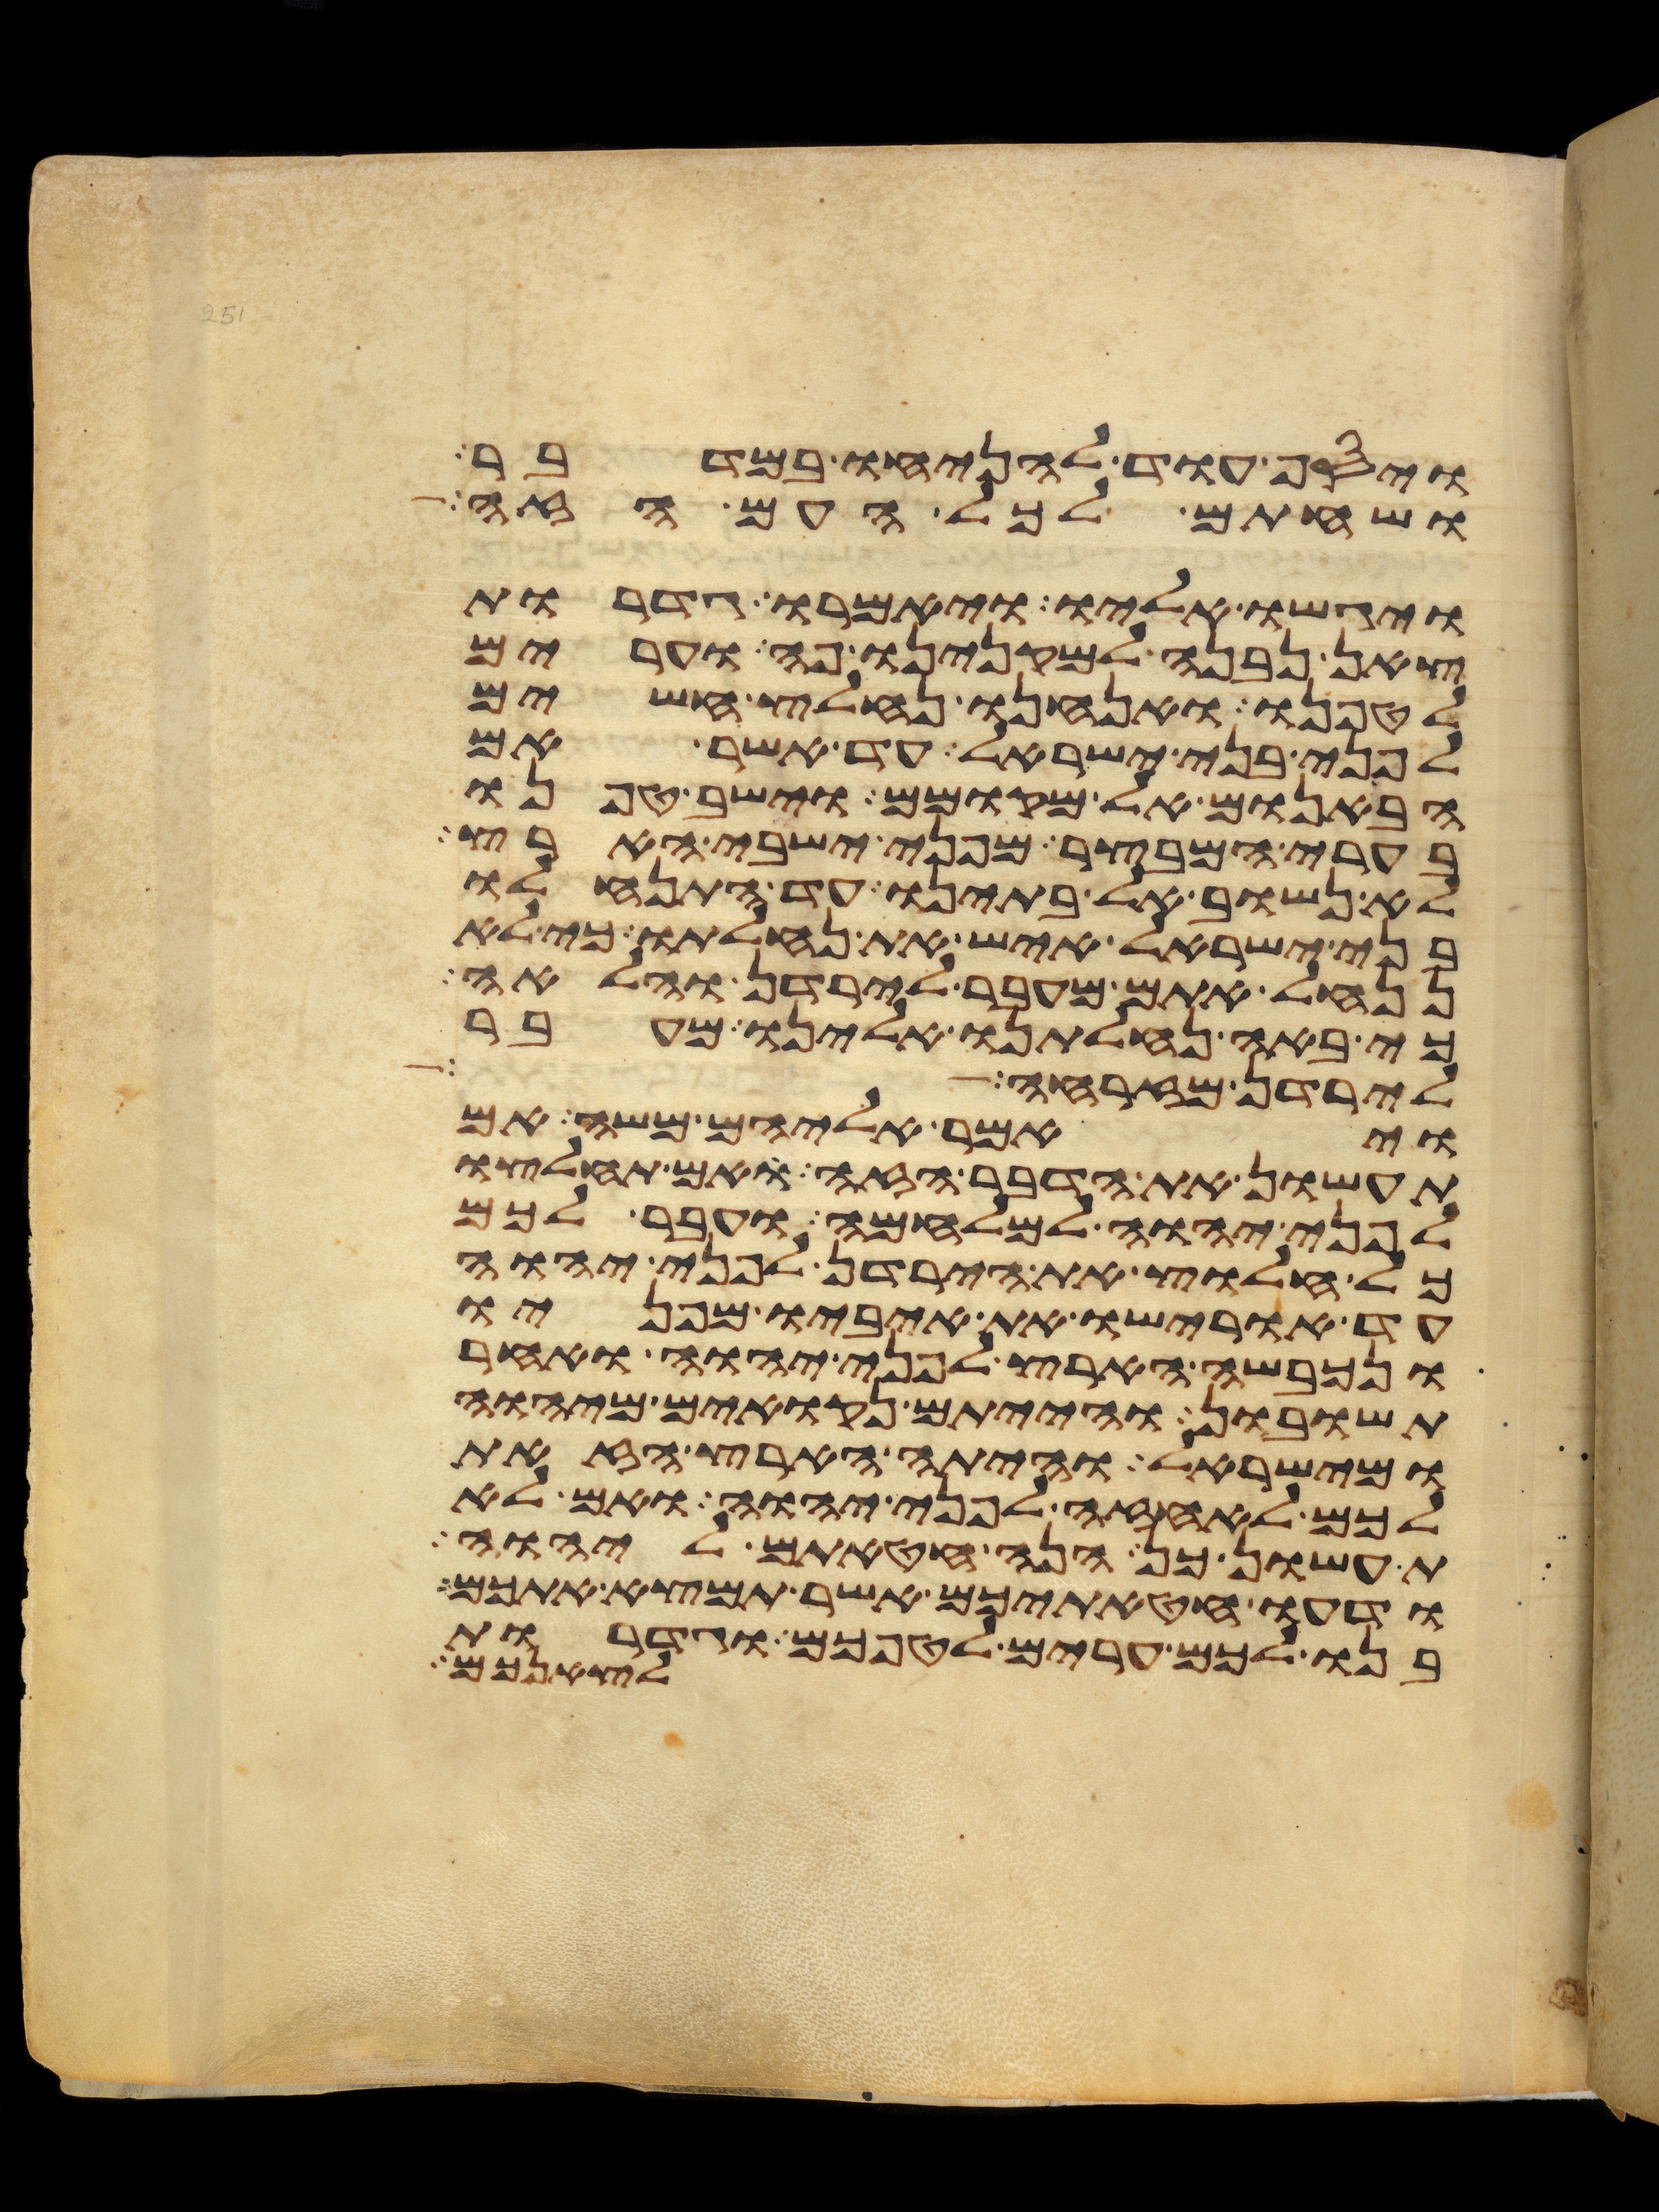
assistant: ויסף עוד להניחו במדבר
ושחתם לכל העם הזה
ויגשו אליו ויאמרו גדרות
צאן נבנה למקנינו פה וערים
לטפנו ואנחנו נחלץ חשים
לפני בני ישראל עד אשר אם
הבאנום אל מקומם וישב טפנו
בערי המבצר מפני ישבי הארץ
לא נשוב אל בתינו עד התנחלו
בני ישראל איש את נחלתו כי לא
ננחל אתם מעבר לירדן והלאה
כי באה נחלתנו אלינו מעבר
לירדן מזרחה
ויאמר אליהם משה אם
תעשון את הדבר הזה ואם תחלצו
לפני יהוה למלחמה ועבר לכם
כל חלוץ את הירדן לפני יהוה
עד אורישו את איביו מפניו
ונכבשה הארץ לפני יהוה ואחר
תשובון והייתם נקואים מיהוה
ומישראל והיתה הארץ הזאת
לכם לאחזה לפני יהוה ואם לא
תעשון כן הנה חטאתם ליהוה
ודעו חטאתיכם אשר תמצא אתכם
בנו לכם ערים לטפכם וגדרות
לצאנכם